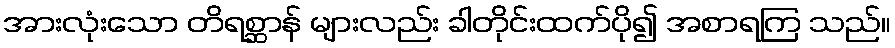
အားလုံးသော တိရစ္ဆာန် များလည်း ခါတိုင်းထက်ပို၍ အစာရကြ သည်။